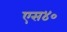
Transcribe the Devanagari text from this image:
एस४०